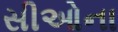
સીઓના